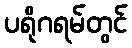
ပရိုဂရမ်တွင်